Lunatic asylums United Provinces 1909-1921 - 1909-1921
Year: 1909
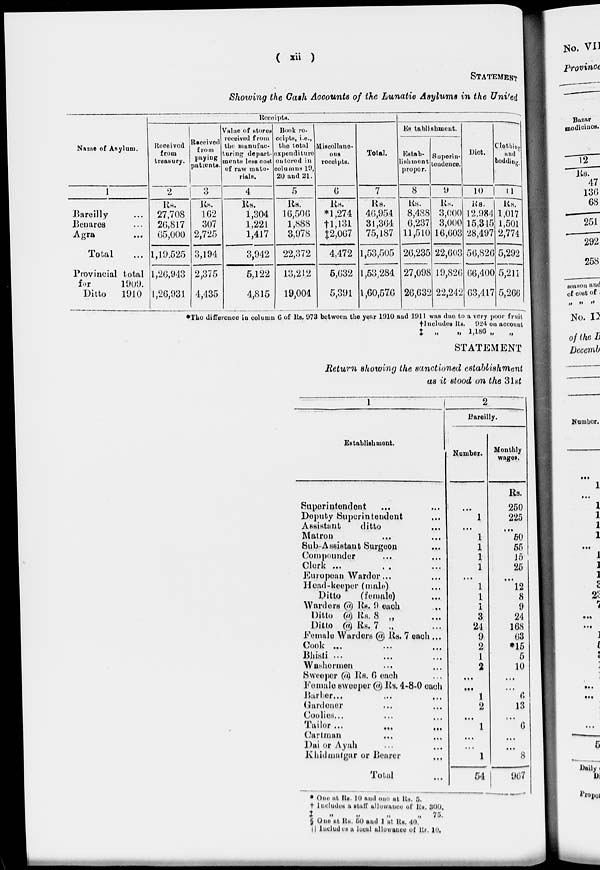
( xii )
STATEMENT
Showing the Cash Accounts of the Lunatic Asylums in the United
Name of Asylum.
1
Bareilly ...
Benares ...
Agra ...
Total ...
Provincial total
for
1909.
Ditto
1910
Receipts.
Received
from
treasury.
2
Rs.
27,708
26,817
65,000
1,19 525
1,26,943
1,26,931
Received
from
paying
patients.
3
Rs.
162
307
2,725
3,194
2,375
4,435
Value of stores
received from
the manufac-
turing depart-
ments less cost
of raw mate-
rials.
4
Rs.
1,304
1,221
1,417
3,942
5,122
4,815
Book re-
ceipts, i.e.,
the total
expenditure
entered in
columns 19,
20 and 21.
5
Rs.
16,506
1,888
3,978
22,372
13,212
19,004
Miscellane-
ous
receipts.
6
Rs.
* 1,274
†l,131
‡2,067
4,472
5,632
5,391
Total.
7
Rs.
46,954
31,364
75,187
1,53,505
1,53,284
1,60,576
Establishment.
Estab-
lishment
proper.
8
Rs.
8,488
6,237
11,510
26,235
27,098
26,632
Superin-
tendence.
9
Rs.
3,000
3,000
16,603
22,603
19,826
22,242
Diet.
10
Rs.
12,984
15,345
28,497
56,826
66,400
63,417
Clothing
and
bedding.
11
Rs.
1,017
1,501
2,774
5,292
5,211
5,266
*The difference in column 6 of Rs. 973 between the year 1910 and 1911 was due to a very poor fruit
† Includes Rs. 924 on account
‡ „ „ 1,186
„
„
STATEMENT
Return showing the sanctioned establishment
as it stood on the 31st
1
Establishment.
Superintendent ... ...
Deputy Superintendent ...
Assistant
ditto ...
Matron ... ...
Sub-Assistant Surgeon ...
Compounder ... ...
Clerk ... ... ...
European Warder ... ...
Head-keeper (male) ...
Ditto
(female) ...
Warders @ Rs. 9 each
...
Ditto @ Rs. 8 „ ...
Ditto @ Rs. 7 „ ...
Female Warders @ Rs. 7 each ...
Cook ... ... ...
Bhisti ... ... ...
Washermen ... ...
Sweeper @ Rs. 6 each ...
Female sweeper @ Rs. 4-8-0 each
Barber ... ... ...
Gardener ... ...
Coolies . . . . . . ...
Tailor . . . . . . ...
Cartman ... ...
Dai or Ayah ... ...
Khidmatgar or Bearer ...
Total ...
2
Bareilly.
Number.
...
1
..
1
1
1
1
...
1
1
1
3
24
9
2
1
2
...
...
1
2
...
1
...
...
1
54
Monthly
wages.
Rs.
250
225
...
50
55
15
25
...
12
8
9
24
168
63
*15
5
10
...
...
6
13
...
6
...
...
8
967
* One at Rs. 10 and one at Rs. 5.
† Included a staff allowance of Rs. 300.
‡
„
„
„
„
75.
§ One at Rs. 50 and 1 at Rs. 40.
|| Includes a local allowance of Rs. 10.